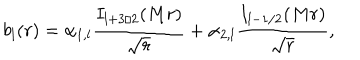
b _ { l } ( r ) = \alpha _ { 1 , l } { \frac { I _ { l + 3 / 2 } ( M r ) } { \sqrt { r } } } + \alpha _ { 2 , l } { \frac { I _ { l - 1 / 2 } ( M r ) } { \sqrt { r } } } ,